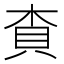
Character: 𧴿